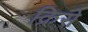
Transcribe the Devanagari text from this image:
क्रिसे